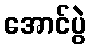
အောင်ပွဲ